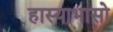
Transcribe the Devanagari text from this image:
हास्याभासो